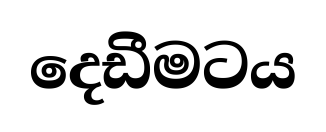
දෙඩීමටය